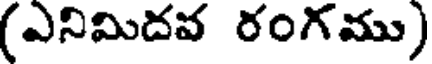
(ఎనిమిదవ రంగము)